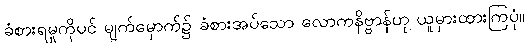
ခံစားရမှုကိုပင် မျက်မှောက်၌ ခံစားအပ်သော လောကနိဗ္ဗာန်ဟု ယူမှားထားကြပုံ။